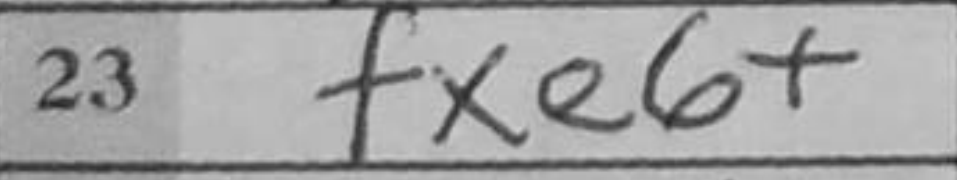
Transcription: fxe6+